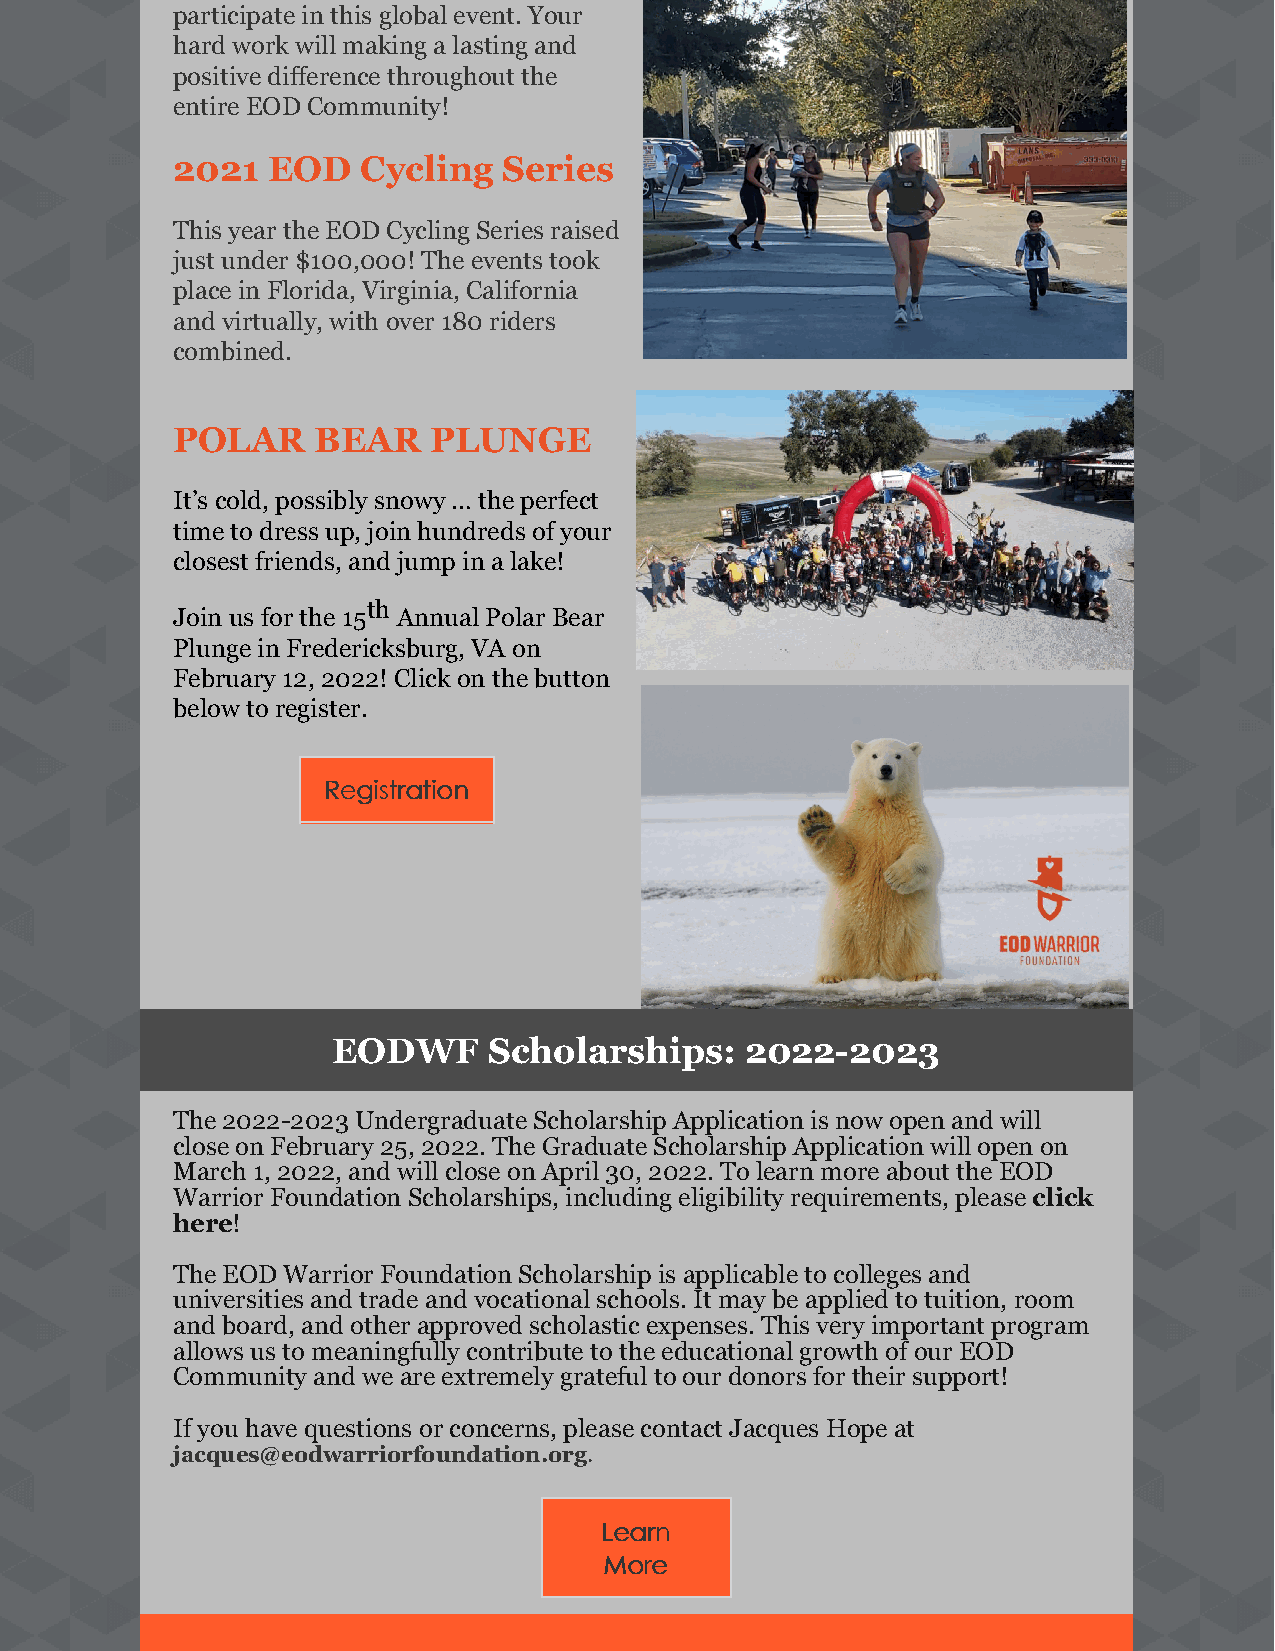
participate in this global event. Your
 hard work will making a lasting and
 positive difference throughout the
 entire EOD Community!
 2021   EOD   Cycling  Series
 This year the EOD Cycling Series raised
 just under $100,000! The events took
 place in Florida, Virginia, California
 and virtually, with over 180 riders
 combined.
 POLAR     BEAR   PLUNGE
 It’s cold, possibly snowy … the perfect
 time to dress up, join hundreds of your
 closest friends, and jump in a lake!
 th
 Join us for the 15 Annual Polar Bear
 Plunge in Fredericksburg, VA on
 February 12, 2022! Click on the button
 below to register.
 RReeggiissttrraattiioonn
 EODWF     Scholarships:    2022-2023
 The 2022-2023 Undergraduate Scholarship Application is now open and will
 close on February 25, 2022. The Graduate Scholarship Application will open on
 March 1, 2022, and will close on April 30, 2022. To learn more about the EOD
 Warrior Foundation Scholarships, including eligibility requirements, please click
 here!
 The EOD Warrior Foundation Scholarship is applicable to colleges and
 universities and trade and vocational schools. It may be applied to tuition, room
 and board, and other approved scholastic expenses. This very important program
 allows us to meaningfully contribute to the educational growth of our EOD
 Community and we are extremely grateful to our donors for their support!
 If you have questions or concerns, please contact Jacques Hope at
 jacques@eodwarriorfoundation.org.
 LLeeaarrnn
 MMoorree